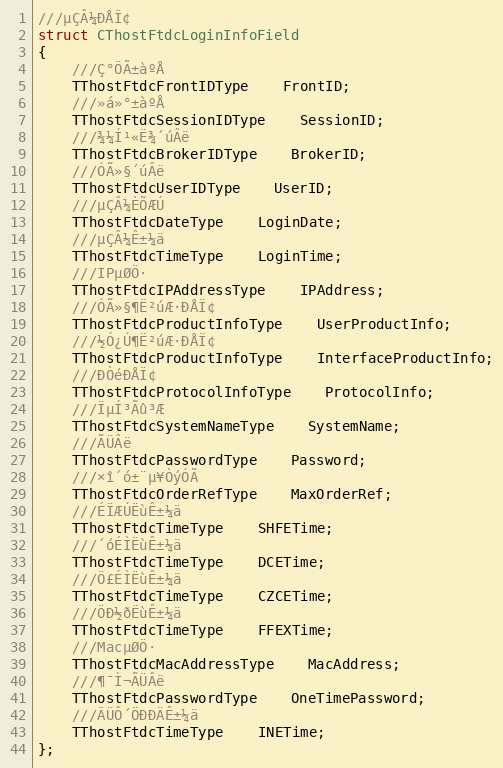
Language: C
///µÇÂ¼ÐÅÏ¢
struct CThostFtdcLoginInfoField
{
	///Ç°ÖÃ±àºÅ
	TThostFtdcFrontIDType	FrontID;
	///»á»°±àºÅ
	TThostFtdcSessionIDType	SessionID;
	///¾­¼Í¹«Ë¾´úÂë
	TThostFtdcBrokerIDType	BrokerID;
	///ÓÃ»§´úÂë
	TThostFtdcUserIDType	UserID;
	///µÇÂ¼ÈÕÆÚ
	TThostFtdcDateType	LoginDate;
	///µÇÂ¼Ê±¼ä
	TThostFtdcTimeType	LoginTime;
	///IPµØÖ·
	TThostFtdcIPAddressType	IPAddress;
	///ÓÃ»§¶Ë²úÆ·ÐÅÏ¢
	TThostFtdcProductInfoType	UserProductInfo;
	///½Ó¿Ú¶Ë²úÆ·ÐÅÏ¢
	TThostFtdcProductInfoType	InterfaceProductInfo;
	///Ð­ÒéÐÅÏ¢
	TThostFtdcProtocolInfoType	ProtocolInfo;
	///ÏµÍ³Ãû³Æ
	TThostFtdcSystemNameType	SystemName;
	///ÃÜÂë
	TThostFtdcPasswordType	Password;
	///×î´ó±¨µ¥ÒýÓÃ
	TThostFtdcOrderRefType	MaxOrderRef;
	///ÉÏÆÚËùÊ±¼ä
	TThostFtdcTimeType	SHFETime;
	///´óÉÌËùÊ±¼ä
	TThostFtdcTimeType	DCETime;
	///Ö£ÉÌËùÊ±¼ä
	TThostFtdcTimeType	CZCETime;
	///ÖÐ½ðËùÊ±¼ä
	TThostFtdcTimeType	FFEXTime;
	///MacµØÖ·
	TThostFtdcMacAddressType	MacAddress;
	///¶¯Ì¬ÃÜÂë
	TThostFtdcPasswordType	OneTimePassword;
	///ÄÜÔ´ÖÐÐÄÊ±¼ä
	TThostFtdcTimeType	INETime;
};